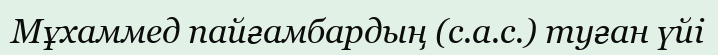
Мұхаммед пайғамбардың (с.а.с.) туған үйі